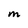
Character: m